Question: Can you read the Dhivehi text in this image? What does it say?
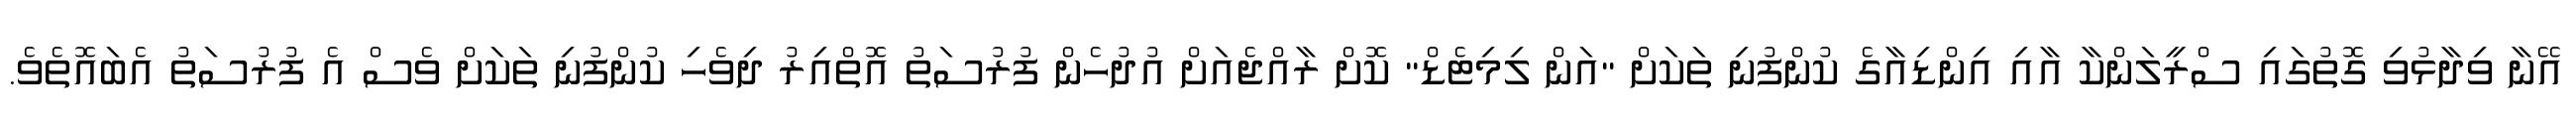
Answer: އޭނާ ވިދާޅުވި ގޮތުގައި ސްރީލަންކާ އާއި އިންޑިއާގެ ކުންފުނި ތަކަށް "އަން ލިމިޓެޑް" ކޮށް ރާއްޖެއަށް އުދުހެން ފުރުސަތު އޮތްއިރު ދިވެހި ކުންފުނި ތަކަށް ވެސް އެ ފުރުސަތު އެބައޮތެވެ.